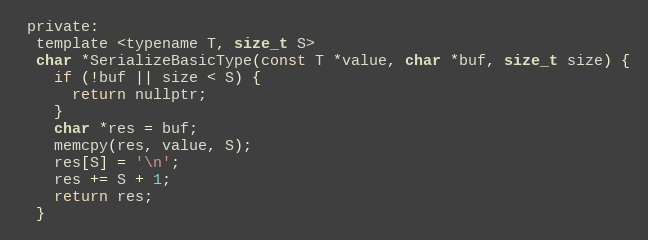
Language: C
 private:
  template <typename T, size_t S>
  char *SerializeBasicType(const T *value, char *buf, size_t size) {
    if (!buf || size < S) {
      return nullptr;
    }
    char *res = buf;
    memcpy(res, value, S);
    res[S] = '\n';
    res += S + 1;
    return res;
  }